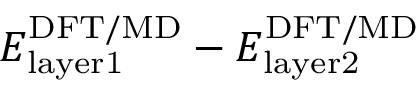
E _ { \mathrm { { l a y e r 1 } } } ^ { \mathrm { { D F T / M D } } } - E _ { \mathrm { { l a y e r 2 } } } ^ { \mathrm { { D F T / M D } } }